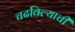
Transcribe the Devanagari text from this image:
चढविल्याची